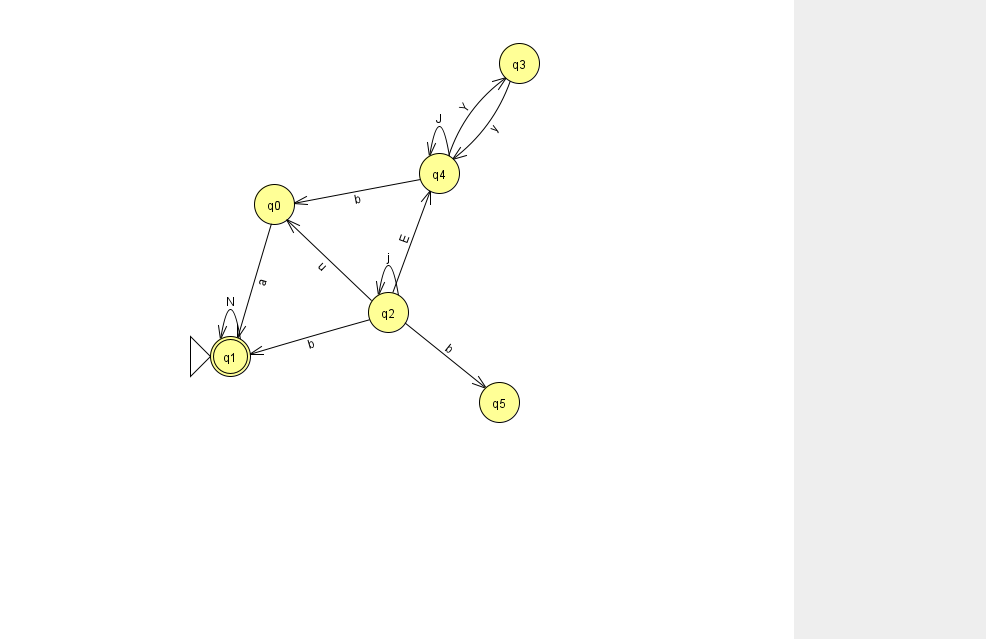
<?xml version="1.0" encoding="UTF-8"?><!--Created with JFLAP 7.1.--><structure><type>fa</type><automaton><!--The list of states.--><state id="0" name="q0"><x>274.0</x><y>191.0</y></state><state id="1" name="q1"><x>230.0</x><y>343.0</y><initial/><final/></state><state id="2" name="q2"><x>388.0</x><y>299.0</y></state><state id="3" name="q3"><x>519.0</x><y>50.0</y></state><state id="4" name="q4"><x>439.0</x><y>160.0</y></state><state id="5" name="q5"><x>499.0</x><y>389.0</y></state><!--The list of transitions.--><transition><from>2</from><to>1</to><read>b</read></transition><transition><from>3</from><to>4</to><read>y</read></transition><transition><from>4</from><to>3</to><read>Y</read></transition><transition><from>4</from><to>0</to><read>b</read></transition><transition><from>2</from><to>5</to><read>b</read></transition><transition><from>2</from><to>0</to><read>u</read></transition><transition><from>2</from><to>2</to><read>j</read></transition><transition><from>4</from><to>4</to><read>J</read></transition><transition><from>0</from><to>1</to><read>a</read></transition><transition><from>1</from><to>1</to><read>N</read></transition><transition><from>2</from><to>4</to><read>E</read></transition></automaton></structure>